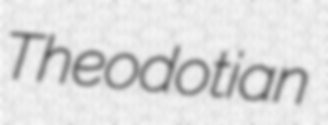
Theodotian